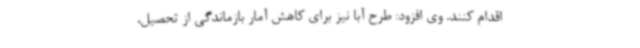
اقدام کنند. وی افزود: طرح آبا نیز برای کاهش آمار بازماندگی از تحصیل،